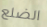
الضلع